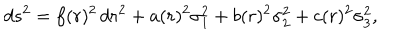
d s ^ { 2 } = f ( r ) ^ { 2 } \, d r ^ { 2 } + a ( r ) ^ { 2 } \sigma _ { 1 } ^ { 2 } + b ( r ) ^ { 2 } \sigma _ { 2 } ^ { 2 } + c ( r ) ^ { 2 } \sigma _ { 3 } ^ { 2 } ,